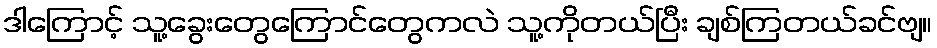
ဒါကြောင့် သူ့ခွေးတွေကြောင်တွေကလဲ သူ့ကိုတယ်ပြီး ချစ်ကြတယ်ခင်ဗျ။